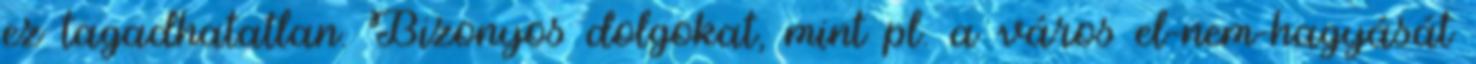
ez tagadhatatlan. Bizonyos dolgokat, mint pl. a város el-nem-hagyását